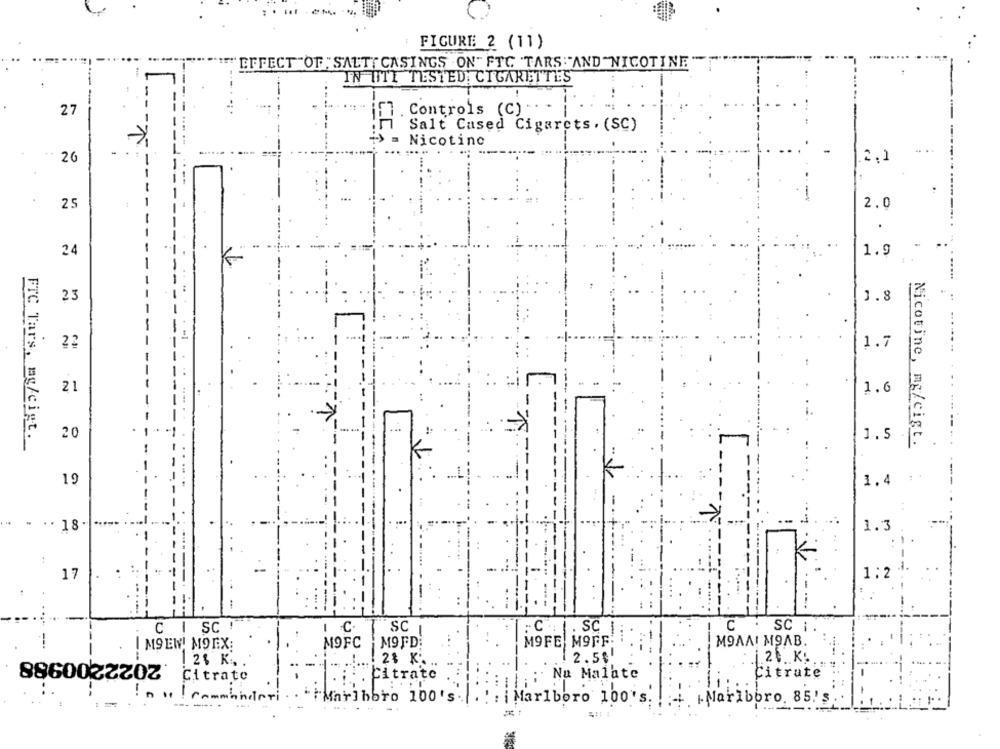
FIGURE 2 (11)
EFFECT OF " SALT{ CASINGS ON " FTC TARS :"AND "NICOTINE
IN UTI TESTED: CIGARETTES
27
Controls (C)
Salt Cased Cigarets . (SC)
= Nicotine
26
2,1
25
2.0
24
1.9
23
1.8
22
1.7
21
1.6
20
FTC Tars, mg/cist.
1.5
Nicotine, mg/cigt.
19
1.4
. .. 18.
1.3
---
17
1:2
C I SC !
I C
SCI
:C : . SC 1
C . SC ; .
..
---
MOFC
MOFD:
MOFE MOFF
MOAAI MOAB.
I MSEN! NOEX:
.2022200988
2% K.
2.50
.j.20. K.
12% K .. .
: Na Malate
Citrute
Citrate
Citrate
!no ! commanderi
``Marlboro 100's
i Marlboro 100's: !: | |Marlboro. 85''s